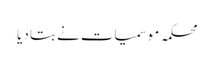
محکمہ موسمیات نے بتا دیا